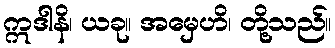
ဣဒါနိ၊ ယခု။ အမှေဟိ၊ တို့သည်။